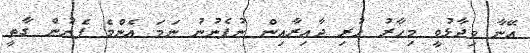
އޭނާ ވިދާޅުވީ މިހާރު ހުރި ދާއިރާއިން ނުފެނުނު ނަމަ އެންމެ ފެނުން ގާތީ